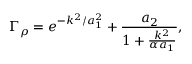
\Gamma _ { \rho } = e ^ { - k ^ { 2 } / a _ { 1 } ^ { 2 } } + \frac { a _ { 2 } } { 1 + \frac { k ^ { 2 } } { \alpha a _ { 1 } } } ,